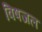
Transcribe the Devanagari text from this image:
विषजल